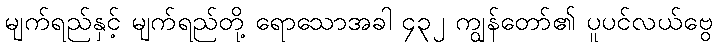
မျက်ရည်နှင့် မျက်ရည်တို့ ရောသောအခါ ၄၃၂ ကျွန်တော်၏ ပူပင်လယ်ဗွေ